system: You are a helpful assistant.
user:
Analyze the provided spectrum to determine if it is a **M-type Giant (gM)**.

A M-type Giant spectrum is defined by its **strong molecular absorption** features, particularly from **Titanium Oxide (TiO)**. You must check for one of the following mutually exclusive signatures:

- **Key Visual Indicators (Absorption-Dominated Spectrum):**

    - **(Primary):** The spectrum is dominated by strong molecular absorption from **Titanium Oxide (TiO)**. This is the **defining feature** of its M-type temperature class.
        - **(Key Bandheads):** Look for sharp, "saw-tooth" absorption valleys. The strongest are located near **~7050 Å**, **~6160 Å**, and **~5170 Å**.
        - **(Line Profile):** The "saw-tooth" morphology is critical: a **sharp, steep drop on the BLUE (short-wavelength) side** of the bandhead, followed by a gradual recovery (rising flux) towards the RED (long-wavelength) side.

    - **(Key Confirmation - Giant vs. Dwarf):** **ABSENCE** of strong **Calcium Hydride (CaH)** molecular bands. This is the primary diagnostic for *excluding* M-dwarfs.
        - **(Key Region):** The spectrum should lack the strong, broad absorption band seen in dwarfs between **~6800 Å and ~7000 Å**.

    - **(Secondary Confirmation - Giant):** A very strong and broad **Neutral Calcium (Ca I)** atomic absorption line.
        - **(Key Line):** Located at **~4226 Å**. In a giant (gM), this line is significantly deeper and broader than the same line in an M-dwarf (dM) due to low surface gravity.

    - **(Overall Spectrum):**
        - The continuum is **extremely red-sloping** (i.e., flux is very low in the blue and rises dramatically towards the red).
        - The entire spectrum appears "chopped up" by the deep TiO bands.

Think first, call **spectral_visualization_tool** if needed to examine features in detail, then provide your final answer. Your response must adhere to the following strict rules:
1.  **Overall Structure:** Your response must follow the format `<think>...</think> <tool_call>...</tool_call> (if a tool is used) <answer>...</answer>`.
2.  **Tool Usage Constraint:** You may only make **one** tool call per turn.
3.  **Final Answer Format:** In the `<answer>` tag, your conclusion must be inside a `\boxed{}` command (e.g., `\boxed{YES}` or `\boxed{NO}`), followed by your justification.

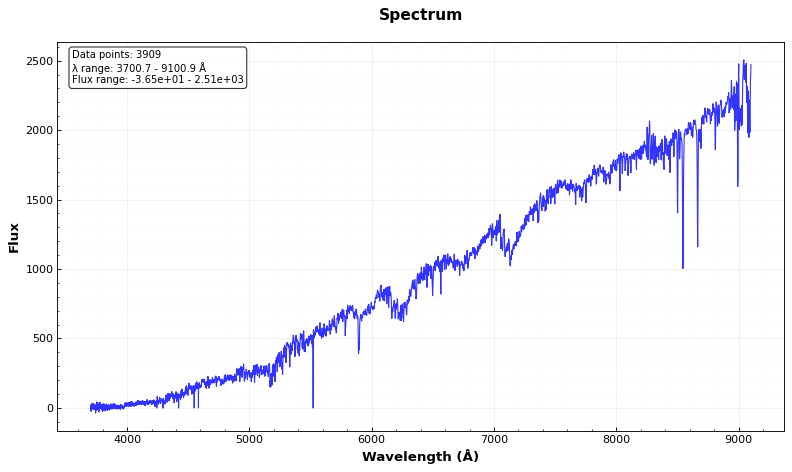
Answer: YES